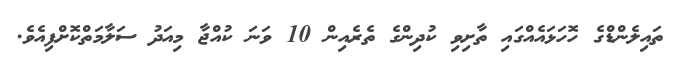
ތައިލެންޑްގެ ހޮހަޅައެއްގައި ތާށިވި ކުދިންގެ ތެރެއިން 10 ވަނަ ކުއްޖާ މިއަދު ސަލާމަތްކޮށްފިއެވެ.